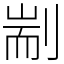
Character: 剬